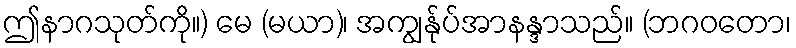
ဤနာဂသုတ်ကို။) မေ (မယာ)၊ အကျွန်ုပ်အာနန္ဒာသည်။ (ဘဂဝတော၊